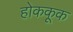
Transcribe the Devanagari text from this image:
होककूक